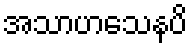
အသာဟသေနပိ